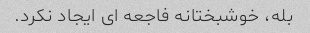
بله، خوشبختانه فاجعه ای ایجاد نکرد.